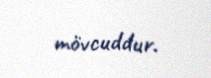
mövcuddur.